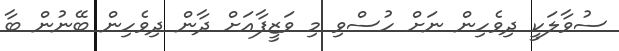
ސުވާލަކީ ދިވެހިން ނަށް ހުސްވި މި ވަޒީފާއަށް ދާން ދިވެހިން ބޭނުން ބާ